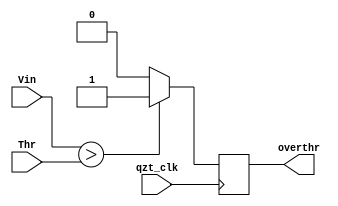
module Comparing	(	qzt_clk,
					Vin,
					Thr,
					overthr);

input		qzt_clk;
input	[19:0]	Vin;
input	[19:0]	Thr; //threashold

output	overthr;

reg	overthr;


always @(posedge qzt_clk) begin
		overthr= (Vin>Thr)? 1 : 0;
end

endmodule